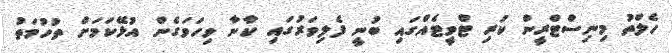
ހެލްތު މިނިސްޓްރީން ކުރި ޓްވީޓެއްގައި ބުނީ ފެލިވަރުގައި ކާނާ ވިހަވަގެން އުޅޭކަމަށް ތުހުމަތު